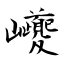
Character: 巙